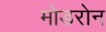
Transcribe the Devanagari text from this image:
मोडरोन